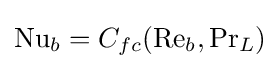
\mathrm {Nu} _{b}=C_{fc}(\mathrm {Re} _{b},\mathrm {Pr} _{L})